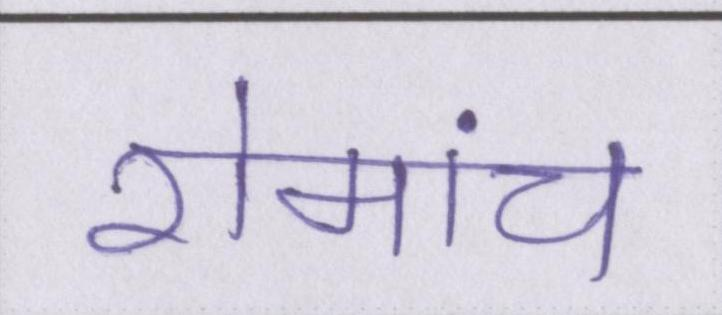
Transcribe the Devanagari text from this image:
रोमांच